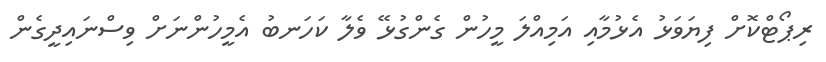
ރިޕޯޓްކޮށް ފިޔަވަޅު އެޅުމާއި އަމިއްލަ މީހުން ގެންގުޅޭ ވެލާ ކަހަނބު އެމީހުންނަށް ވިސްނައިދީގެން